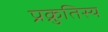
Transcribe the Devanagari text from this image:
प्रक्रुतिस्य